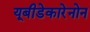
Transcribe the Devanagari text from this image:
यूबीडेकारेनोन